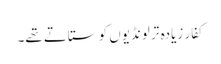
کفار زیادہ تر لونڈیوں کو ستاتے تھے۔